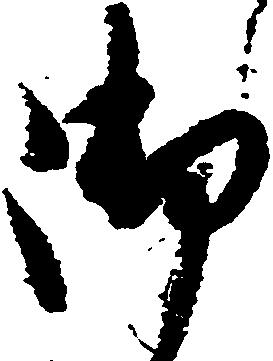
御